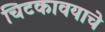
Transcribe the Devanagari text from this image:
चिटकावयाचे